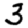
Digit: 3